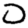
Digit: 0